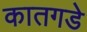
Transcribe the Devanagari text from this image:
कातगडे